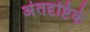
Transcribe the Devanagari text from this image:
अंतदृष्टिके